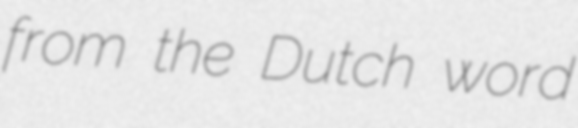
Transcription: from the Dutch word